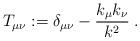
LaTeX: \begin{align*}T_{\mu \nu} := \delta_{\mu \nu} -\frac{k_\mu k_\nu}{k^2} \; .\end{align*}